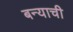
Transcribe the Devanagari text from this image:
बन्याची